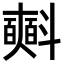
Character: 𣂏